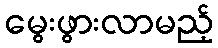
မွေးဖွားလာမည့်